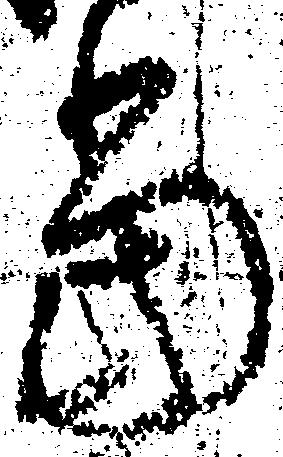
当